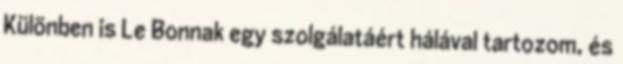
Különben is Le Bonnak egy szolgálatáért hálával tartozom, és